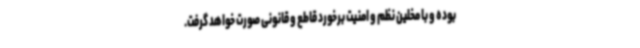
بوده و با مخلین نظم و امنیت برخورد قاطع و قانونی صورت خواهد گرفت.